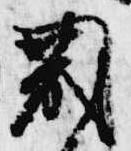
蔵